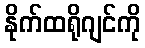
နိုက်ထရိုဂျင်ကို